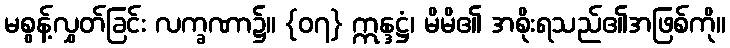
မစွန့်လွှတ်ခြင်း လက္ခဏာ၌။ {၀၇} ဣန္ဒဋ္ဌံ၊ မိမိ၏ အစိုးရသည်၏အဖြစ်ကို။